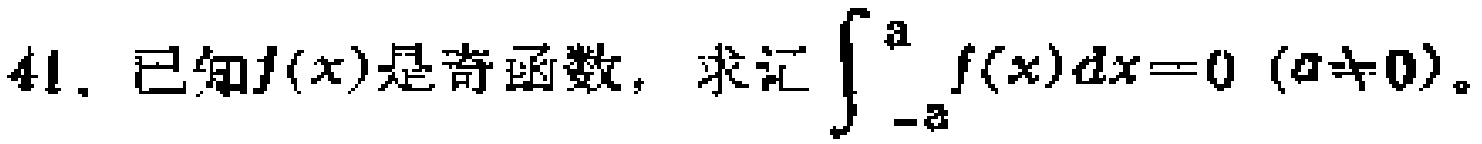
41. 已知\(f(x)\)是奇函数，求证\(\int_{-a}^{a} f(x)dx = 0\) (\(a\neq0\))。